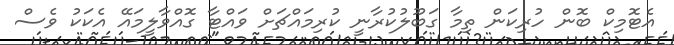
އެޓޮމިކް ބޮން ހުރިކަން ތިމާ ގަބޫލުކުރާނީ ކުރިމައްޗަށް ވައްޓާ ގޮއްވާލީމައޭ އެކަކު ވެސް